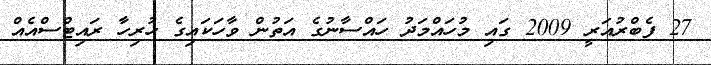
27 ފެބްރުއަރީ 2009 ގައި މުހައްމަދު ހައްސާނުގެ އަތުން ވާހަކައިގެ ހުރިހާ ރައިޓްސްއެއް